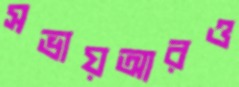
সভায়আরও